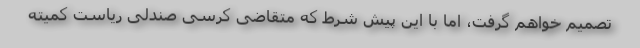
تصمیم خواهم گرفت، اما با این پیش شرط که متقاضی کرسی صندلی ریاست کمیته